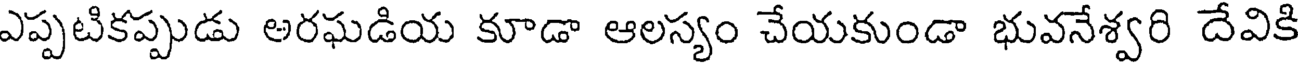
ఎప్పటికప్పుడు అరఘడియ కూడా ఆలస్యం చేయకుండా భువనేశ్వరి దేవికి